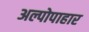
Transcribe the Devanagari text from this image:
अल्पोपाहार